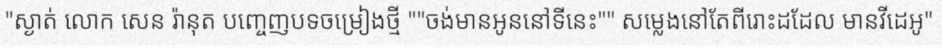
ស្ងាត់ លោក សេន រ៉ានុត បញ្ចេញបទចម្រៀងថ្មី "ចង់មានអូននៅទីនេះ" សម្លេងនៅតែពីរោះដដែល មានវីដេអូ